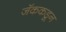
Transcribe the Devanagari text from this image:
जॅककडून